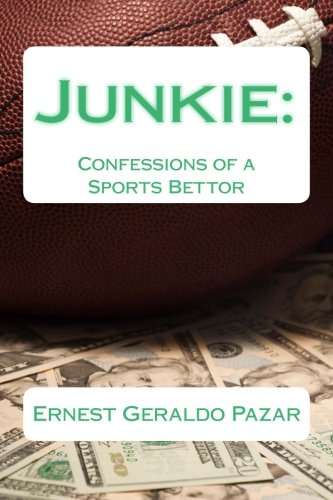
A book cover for Junkie:  Confessions of a Sports Bettor (Volume 1); Ernest Geraldo Pazar; Health, Fitness & Dieting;